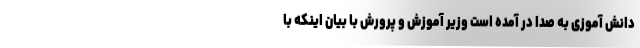
دانش آموزی به صدا در آمده است وزیر آموزش و پرورش با بیان اینکه با